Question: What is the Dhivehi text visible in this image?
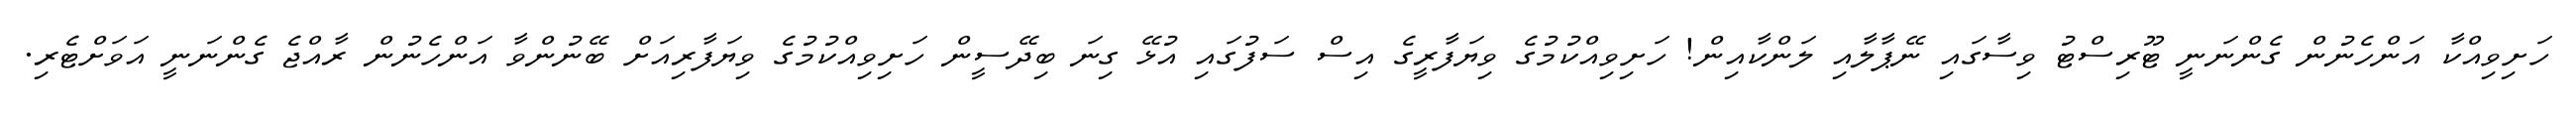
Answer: ހަށިވިއްކާ އަންހެނުން ގެންނަނީ ޓޫރިސްޓު ވިސާގައި ނޭޕާލާއި ލަންކާއިން! ހަށިވިއްކުމުގެ ވިޔަފާރީގެ އިސް ސަފުގައި އުޅޭ ގިނަ ބިދޭސީން ހަށިވިއްކުމުގެ ވިޔަފާރިއަށް ބޭނުންވާ އަންހެނުން ރާއްޖެ ގެންނަނީ އަވަށްޓެރި.